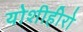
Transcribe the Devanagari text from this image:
योशीहीरो